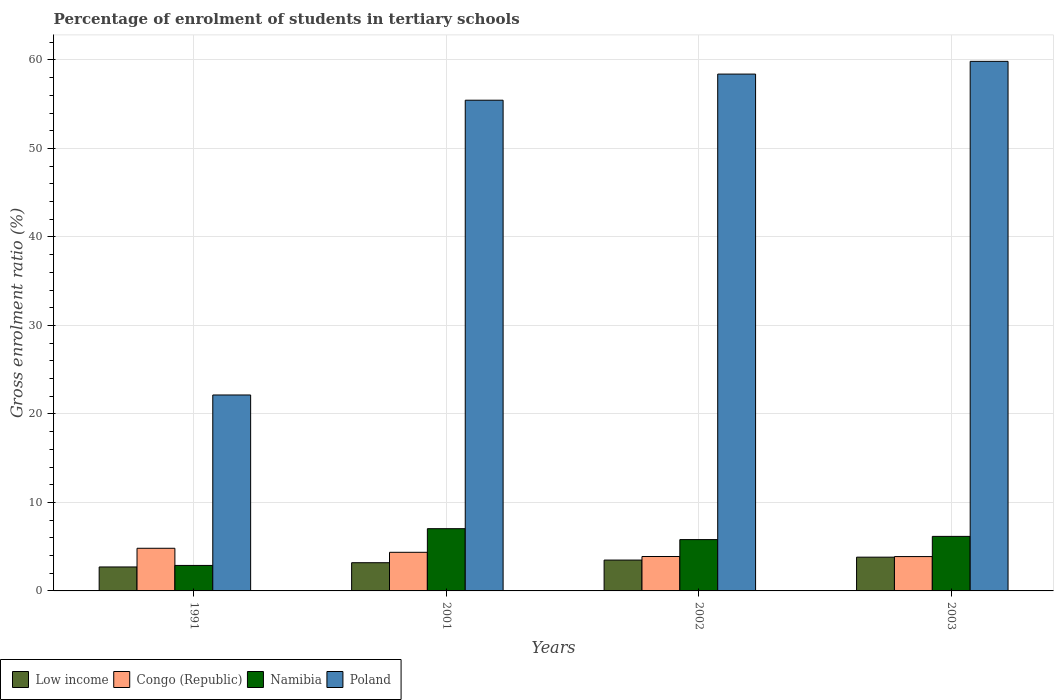
| Years | Low income | Congo (Republic) | Namibia | Poland |
 | --- | --- | --- | --- | --- |
 | 1991 | 2.71 | 4.82 | 2.88 | 22.1 |
 | 2001 | 3.19 | 4.36 | 7.03 | 55.4 |
 | 2002 | 3.49 | 3.89 | 5.8 | 58.4 |
 | 2003 | 3.81 | 3.88 | 6.16 | 59.8 |